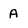
Character: A